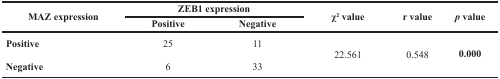
| <ROWSPAN=2> MAZ expression | <COLSPAN=2> ZEB1 expression | <ROWSPAN=2> χ2 value | <ROWSPAN=2> r value | <ROWSPAN=2> p value |
 | Positive | Negative |
 | --- | --- | --- | --- | --- | --- |
 | Positive | 25 | 11 | <ROWSPAN=2> 22.561 | <ROWSPAN=2> 0.548 | <ROWSPAN=2> 0.000 |
 | Negative | 6 | 33 |